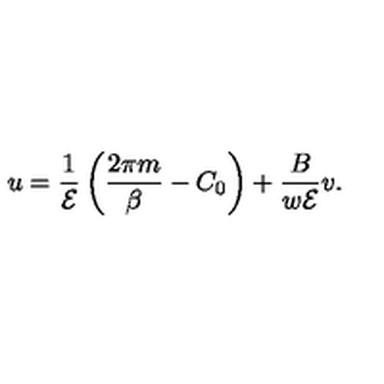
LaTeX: u = \frac { 1 } { { \cal E } } \left( \frac { 2 \pi m } { \beta } - C _ { 0 } \right) + \frac { B } { w { \cal E } } v .